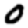
Digit: 0